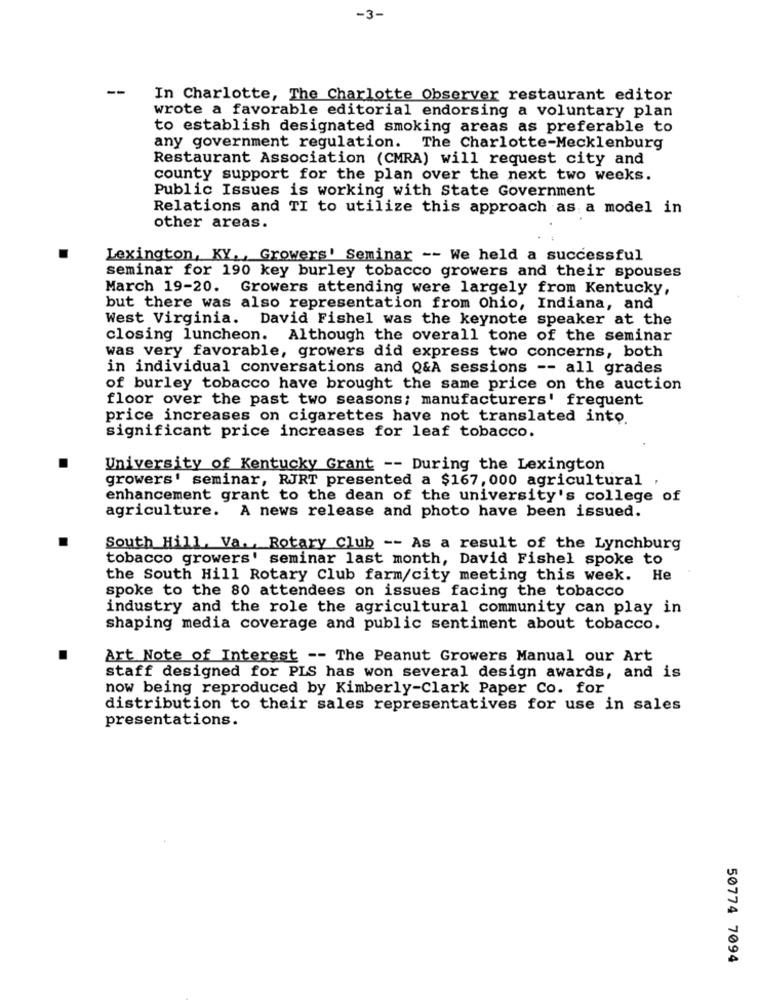
-3-
--
In Charlotte, The Charlotte Observer restaurant editor
wrote a favorable editorial endorsing a voluntary plan
to establish designated smoking areas as preferable to
any government regulation. The Charlotte-Mecklenburg
Restaurant Association (CMRA) will request city and
county support for the plan over the next two weeks.
Public Issues is working with State Government
Relations and TI to utilize this approach as a model in
other areas.
Lexington, KY, , Growers' Seminar -- We held a successful
seminar for 190 key burley tobacco growers and their spouses
March 19-20. Growers attending were largely from Kentucky,
but there was also representation from Ohio, Indiana, and
West Virginia. David Fishel was the keynote speaker at the
closing luncheon. Although the overall tone of the seminar
was very favorable, growers did express two concerns, both
in individual conversations and Q&A sessions -- all grades
of burley tobacco have brought the same price on the auction
floor over the past two seasons; manufacturers' frequent
price increases on cigarettes have not translated into.
significant price increases for leaf tobacco.
University of Kentucky Grant -- During the Lexington
growers' seminar, RJRT presented a $167, 000 agricultural ,
enhancement grant to the dean of the university's college of
agriculture. A news release and photo have been issued.
South Hill, Va. Rotary Club -- As a result of the Lynchburg
tobacco growers' seminar last month, David Fishel spoke to
the South Hill Rotary Club farm/city meeting this week.
He
spoke to the 80 attendees on issues facing the tobacco
industry and the role the agricultural community can play in
shaping media coverage and public sentiment about tobacco.
Art Note of Interest -- The Peanut Growers Manual our Art
staff designed for PLS has won several design awards, and is
now being reproduced by Kimberly-Clark Paper Co. for
distribution to their sales representatives for use in sales
presentations.
50774 7094